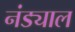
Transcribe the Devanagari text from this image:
नंड्याल